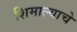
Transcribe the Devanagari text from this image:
शिमाल्याचे